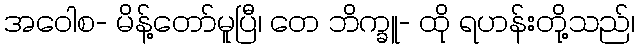
အဝေါစ- မိန့်တော်မူပြီ၊ တေ ဘိက္ခူ- ထို ရဟန်းတို့သည်၊